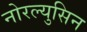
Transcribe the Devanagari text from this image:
नोरल्युसिन